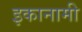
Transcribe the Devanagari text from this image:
इकानामी